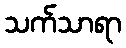
သက်သာရာ